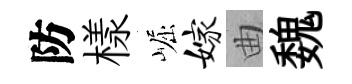
防樣崛嫁曲魏